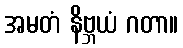
အမတံ နိဗ္ဘယံ ဂတာ။